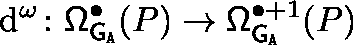
\mathrm { d } ^ { \omega } \colon \mathsf { \Omega } _ { { \mathsf { G } } _ { \mathtt { A } } } ^ { \bullet } ( P ) \rightarrow \mathsf { \Omega } _ { { \mathsf { G } } _ { \mathtt { A } } } ^ { \bullet + 1 } ( P )